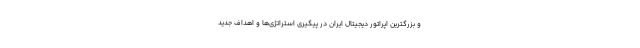
و بزرگترین اپراتور دیجیتال ایران در پیگیری استراتژی‌ها و اهداف جدید